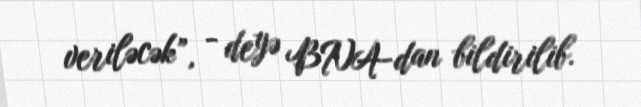
veriləcək”, - deyə BNA-dan bildirilib.